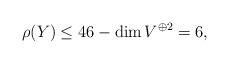
LaTeX: \begin{align*} \rho(Y) \le 46 - \dim V^{\oplus 2} = 6,\end{align*}